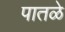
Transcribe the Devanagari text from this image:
पातळे